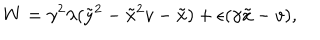
LaTeX: W = \gamma ^ { 2 } \lambda ( \tilde { y } ^ { 2 } - \tilde { x } ^ { 2 } v - \tilde { x } ) + \epsilon ( \gamma \tilde { x } - v ) ,